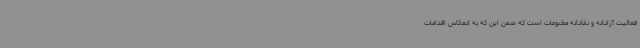
فعالیت آزادانه و نقادانه مطبوعات است که ضمن این که به انعکاس اقدامات